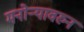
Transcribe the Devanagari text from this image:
मनोऱ्यावरुन